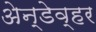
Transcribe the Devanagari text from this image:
अेन्डेव्हर